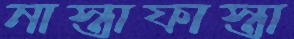
নাস্তাফাস্তা